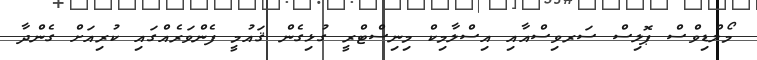
މޯލްޑިވްސް ޕޮލިސް ސަރވިސްއާއި އިސްލާމިކް މިނިސްޓްރީ ގުޅިގެން ޤައުމީ ފެންވަރެއްގައި ކުރިއަށް ގެންދާ